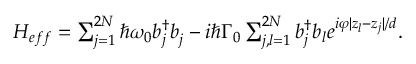
\begin{array} { r } { H _ { e f f } = \sum _ { j = 1 } ^ { 2 N } \hbar \omega _ { 0 } b _ { j } ^ { \dag } b _ { j } ^ { \vphantom { \dag } } - i \hbar \Gamma _ { 0 } \sum _ { j , l = 1 } ^ { 2 N } b _ { j } ^ { \dag } b _ { l } e ^ { i \varphi | z _ { l } - z _ { j } | / d } . } \end{array}